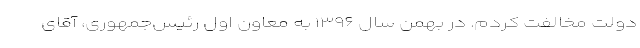
دولت مخالفت کردم. در بهمن سال ۱۳۹۶ به معاون اول رئیس‌جمهوری، آقای